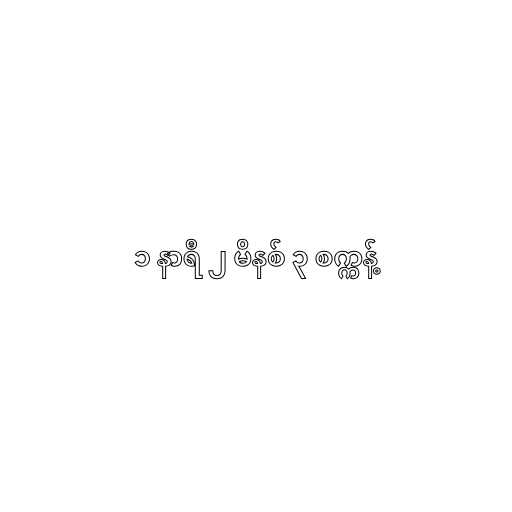
၁ နာရီ ၂ မိနစ် ၃ စက္ကန့်